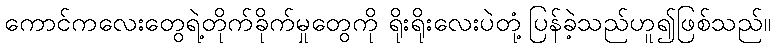
ကောင်ကလေးတွေရဲ့တိုက်ခိုက်မှုတွေကို ရိုးရိုးလေးပဲတုံ့ပြန်ခဲ့သည်ဟူ၍ဖြစ်သည်။